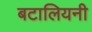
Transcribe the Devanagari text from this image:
बटालियनी